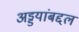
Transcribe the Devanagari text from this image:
अड्डयांबद्दल